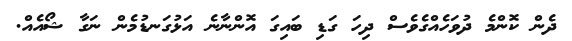
ދެން ކޮންމެ ދުވަހެއްގެވެސް ދިހަ ގަޑި ބައިގަ އޮންނާނެ އަޅުގަނޑުމެން ނަގާ ޝޯއެއް.